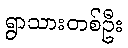
ရွာသားတစ်ဦး